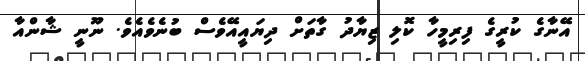
އޭނާގެ ކުރީގެ ފިރިމީހާ ކޮލި ޒިޔާދު ގާތަށް ދިޔައީއޭވެސް ބުނެވެއެވެ. ނޫނީ ޝާންއާ